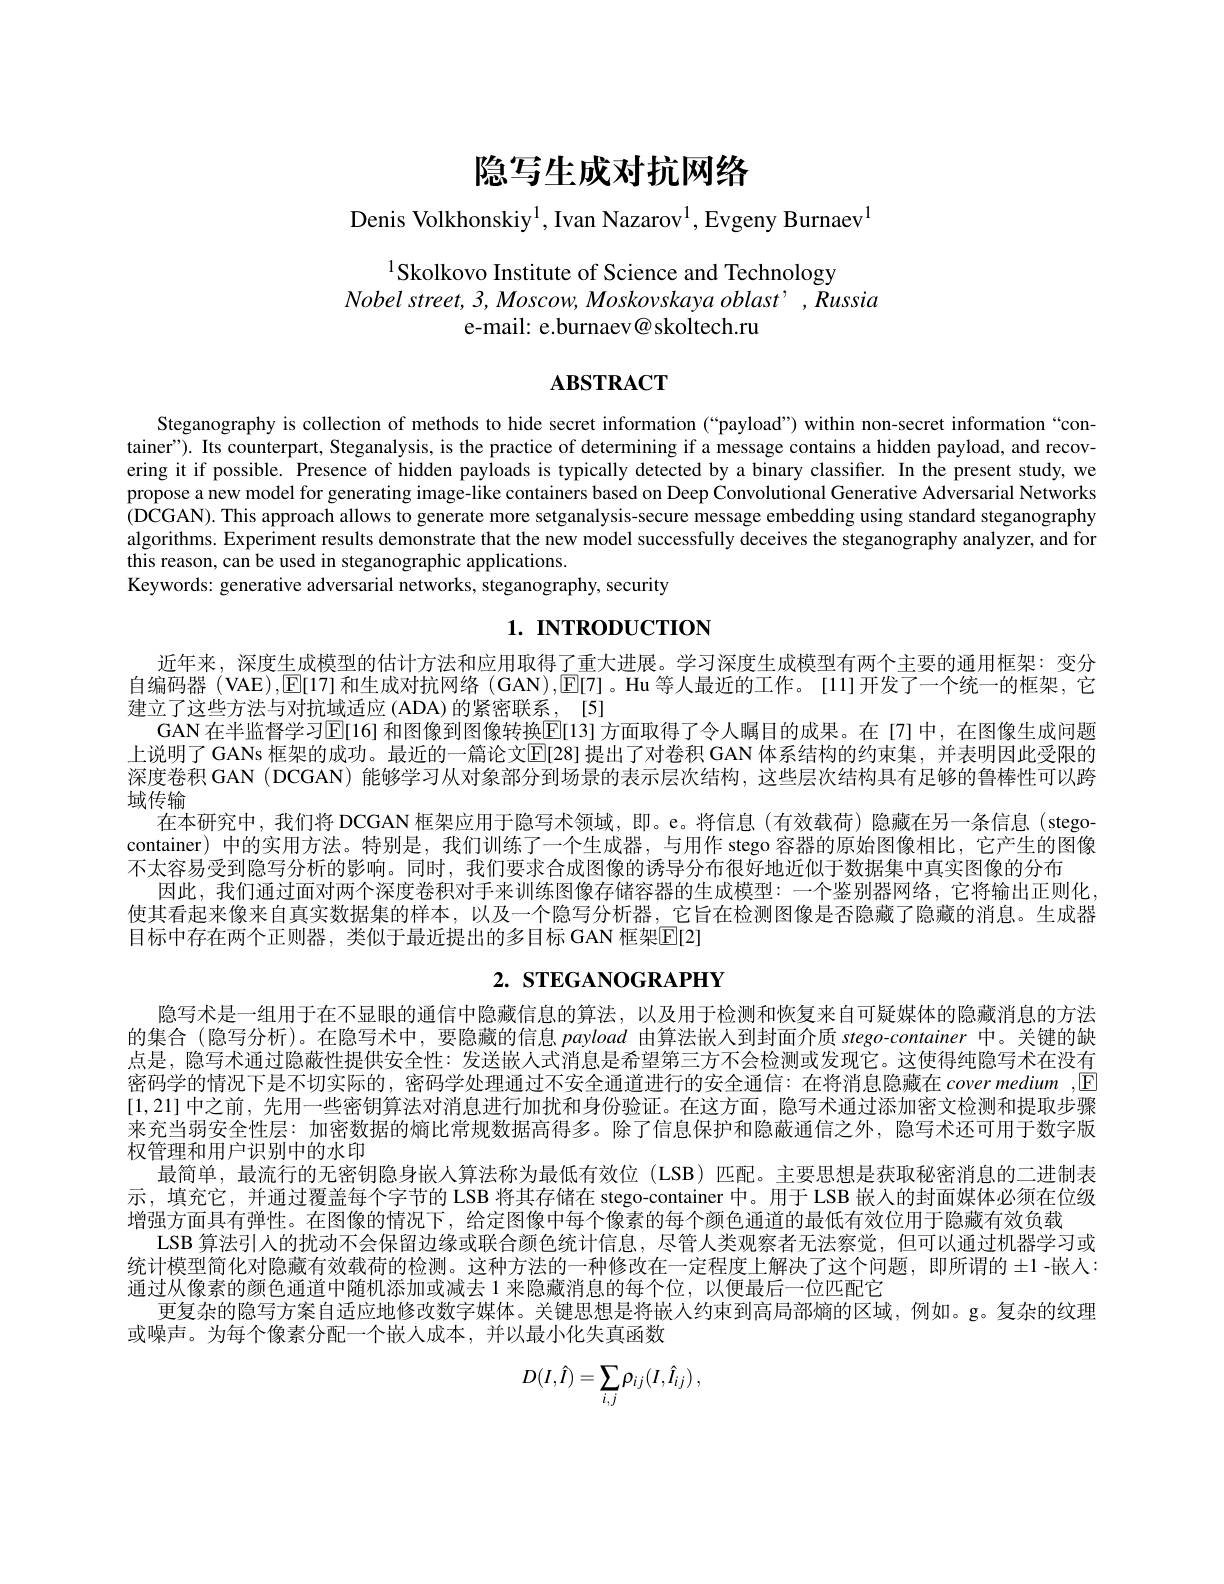
隐写生成对抗网络

Denis Volkhonskiy$^{1}$, Ivan Nazarov$^{1}$, Evgeny Burnaev$^{1}$

# $^{1}$Skolkovo Institute of Science and Technology $Nobelstreet,3,Moscow,Moskovskayaoblast’,Russia$ e-mail: e.burnaev@ skoltech.ru

# $\mathbf{ABSTRACT}$

Steganography is collection of methods to hide secret information (“payload”) within non-secret information“container"). Its counterpart, Steganalysis, is the practice of determining if a message contains a hidden payload, and recovering it if possible. Presence of hidden payloads is typically detected by a binary classifier. In the present study, we propose a new model for generating image-like containers based on Deep Convolutional Generative Adversarial Networks (DCGAN). This approach allows to generate more setganalysis-secure message embedding using standard steganography algorithms. Experiment results demonstrate that the new model successfully deceives the steganography analyzer, and for this reason, can be used in steganographic applications.
Keywords: generative adversarial networks, steganography, security

# 1. INTRODUCTION

近年来，深度生成模型的估计方法和应用取得了重大进展。学习深度生成模型有两个主要的通用框架：变分自编码器(VAE),[E[17] 和生成对抗网络 (GAN),[E[7]。Hu 等人最近的工作。[11]开发了一个统一的框架，它建立了这些方法与对抗域适应 (ADA) 的紧密联系，[5]
GAN 在半监督学习E[16] 和图像到图像转换E[13] 方面取得了令人瞩目的成果。在[7]中，在图像生成问题上说明了 GANs 框架的成功。最近的一篇论文E[28] 提出了对卷积 GAN 体系结构的约束集，并表明因此受限的深度卷积 GAN (DCGAN) 能够学习从对象部分到场景的表示层次结构，这些层次结构具有足够的鲁棒性可以跨域传输
在本研究中，我们将 DCGAN 框架应用于隐写术领域，即。e。将信息(有效载荷) 隐藏在另一条信息(stegocontainer)中的实用方法。特别是，我们训练了一个生成器，与用作 stego 容器的原始图像相比，它产生的图像不太容易受到隐写分析的影响。同时，我们要求合成图像的诱导分布很好地近似于数据集中真实图像的分布
因此，我们通过面对两个深度卷积对手来训练图像存储容器的生成模型：一个鉴别器网络，它将输出正则化， 使其看起来像来自真实数据集的样本，以及一个隐写分析器，它旨在检测图像是否隐藏了隐藏的消息。生成器目标中存在两个正则器，类似于最近提出的多目标GAN 框架[E[2]

# 2. STEGANOGRAPHY

隐写术是一组用于在不显眼的通信中隐藏信息的算法，以及用于检测和恢复来自可疑媒体的隐藏消息的方法的集合 (隐写分析)。在隐写术中，要隐藏的信息payload由算法嵌人到封面介质 stego-container 中。关键的缺点是，隐写术通过隐蔽性提供安全性：发送嵌人式消息是希望第三方不会检测或发现它。这使得纯隐写术在没有密码学的情况下是不切实际的，密码学处理通过不安全通道进行的安全通信：在将消息隐藏在covermedium ,$\boxed{\mathrm{E}}$ [1,21]中之前 , 先用一些密钥算法对消息进行加扰和身份验证。在这方面，隐写术通过添加密文检测和提取步骤来充当弱安全性层：加密数据的熵比常规数据高得多。除了信息保护和隐蔽通信之外，隐写术还可用于数字版权管理和用户识别中的水印
最简单，最流行的无密钥隐身嵌人算法称为最低有效位 (LSB) 匹配。主要思想是获取秘密消息的二进制表示，填充它，并通过覆盖每个字节的 LSB 将其存储在 stego-container 中。用于 LSB 嵌入的封面媒体必须在位级增强方面具有弹性。在图像的情况下，给定图像中每个像素的每个颜色通道的最低有效位用于隐藏有效负载
LSB 算法引入的扰动不会保留边缘或联合颜色统计信息，尽管人类观察者无法察觉，但可以通过机器学习或统计模型简化对隐藏有效载荷的检测。这种方法的一种修改在一定程度上解决了这个问题，即所谓的 ±1-嵌人： 通过从像素的颜色通道中随机添加或减去 1 来隐藏消息的每个位，以便最后一位匹配它
更复杂的隐写方案自适应地修改数字媒体。关键思想是将嵌入约束到高局部熵的区域，例如。g。复杂的纹理
或噪声。为每个像素分配一个嵌人成本，并以最小化失真函数
$$D(I,\hat{I})=\sum_{i,j}\rho_{ij}(I,\hat{I}_{ij})\:,$$